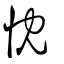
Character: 忱